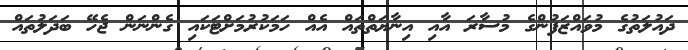
ދައުލަތުގެ މުވައްޒަފުންގެ މުސާރަ އާއި އިނާޔަތްތައް އެއް ހަމަކުރުމަށްޓަކައި ގެންނަން ޖެހޭ ބަދަލުތައް